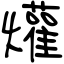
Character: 爟